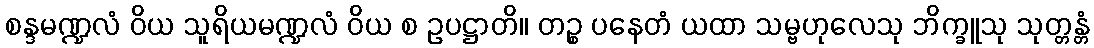
စန္ဒမဏ္ဍလံ ဝိယ သူရိယမဏ္ဍလံ ဝိယ စ ဥပဋ္ဌာတိ။ တဉ္စ ပနေတံ ယထာ သမ္ဗဟုလေသု ဘိက္ခူသု သုတ္တန္တံ